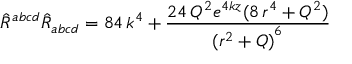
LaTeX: { \hat { R } } ^ { a b c d } { \hat { R } } _ { a b c d } = 8 4 \, k ^ { 4 } + \frac { 2 4 \, Q ^ { 2 } e ^ { 4 k z } ( 8 \, r ^ { 4 } + Q ^ { 2 } ) } { { ( r ^ { 2 } + Q ) } ^ { 6 } }